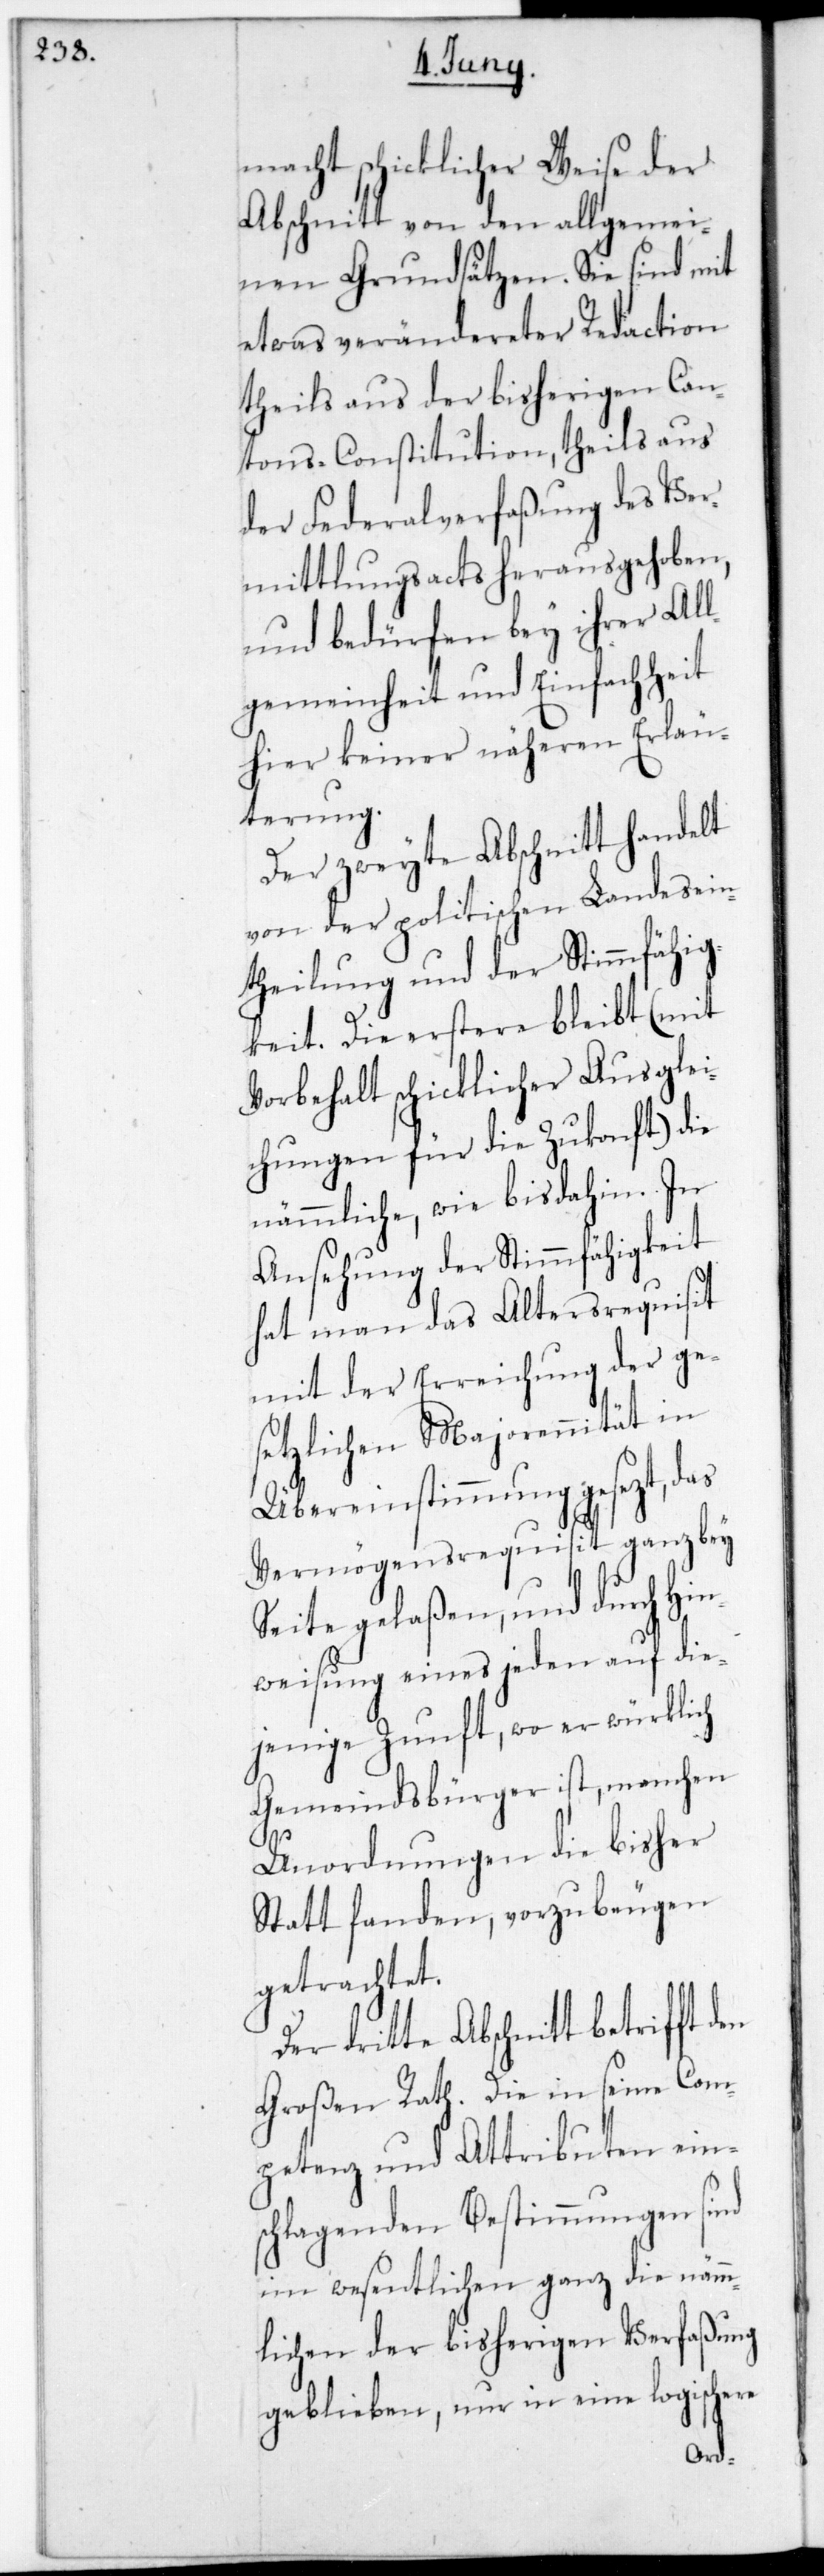
macht schicklicher Weise der
Abschnitt von den allgemei¬
nen Grundsätzen. Sie sind mit
etwas verändereter Redaction
theils aus der bisherigen Can¬
tons-Constitution, theils aus
der Federalverfaßung des Ver¬
mittlungs-Acts herausgehoben,
und bedürfen bey ihrer All¬
gemeinheit und Einfachheit
hier keiner näheren Erläu¬
terung.
Der zweyte Abschnitt handelt
von der politischen Landesein¬
theilung und der Stimmfähig¬
keit. Die erstere bleibt (mit
Vorbehalt schicklicher Ausglei¬
chungen für die Zukunft) die
nämmliche wie bis dahin. In
Ansehung der Stimmfähigkeit
hat man das Altersrequisit
mit der Erreichung der ge¬
setzlichen Majorennität in
Übereinstimmung gesezt, das
Vermögensrequisit ganz bey¬
seite gelaßen, und durch Hin¬
weisung eines jeden auf die¬
jenige Zunft, wo er würklich
Gemeindsbürger ist, manchen
Unordnungen die bisher
stattfanden, vorzubeugen
getrachtet.
Der dritte Abschnitt betrifft
Großen Rath. Die in seine Com¬
petenz und Attributen eins¬
chlagenden Bestimmungen sind
im Wesentlichen ganz die nämm¬
lichen der bisherigen Verfaßung
geblieben, nur in eine logische